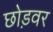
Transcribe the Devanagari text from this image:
छोड़वर